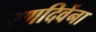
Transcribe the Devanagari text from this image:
रणदिवेंना